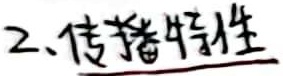
2、传播特性